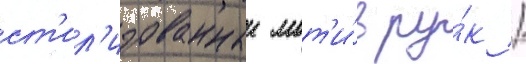
ст'ил'изованныи мот'и́в ру́к /